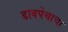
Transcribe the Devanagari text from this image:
डावपेचाचा